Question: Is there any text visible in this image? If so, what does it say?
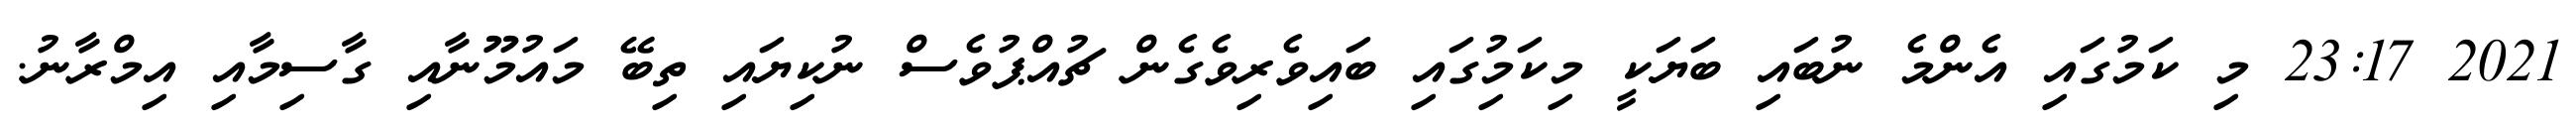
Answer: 2021 23:17 މި ކަމުގައި އެންމެ ނުބައި ބަޔަކީ މިކަމުިގައި ބައިވެރިވެގެން ޗުއްޕުވެސް ނުކިޔައި ތިބޭ މައުމޫނާއި ގާސިމާއި އިމްރާނު.